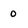
Character: 0